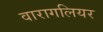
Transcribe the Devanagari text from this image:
वारागलियर